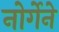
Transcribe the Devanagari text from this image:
नोर्गेने